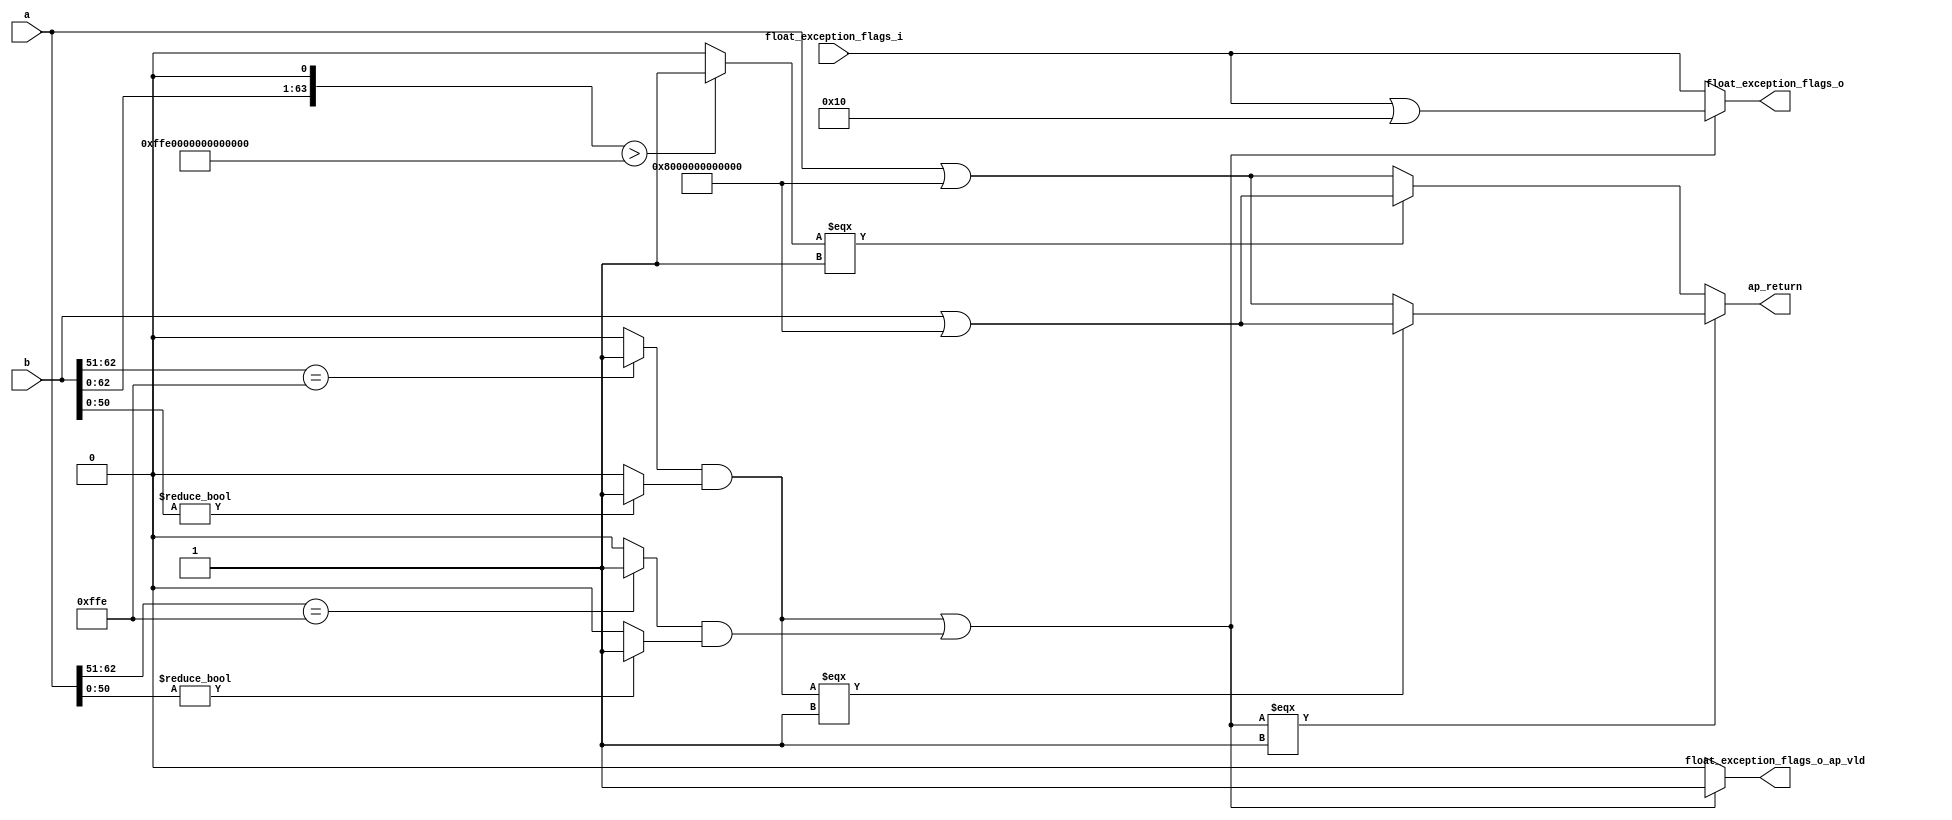
// ==============================================================
// RTL generated by Vivado(TM) HLS - High-Level Synthesis from C, C++ and SystemC
// Version: 2015.4
// Copyright (C) 2015 Xilinx Inc. All rights reserved.
// 
// ===========================================================

`timescale 1 ns / 1 ps 

module float64_add_propagateFloat64NaN (
        a,
        b,
        float_exception_flags_i,
        float_exception_flags_o,
        float_exception_flags_o_ap_vld,
        ap_return
);

parameter    ap_true = 1'b1;
parameter    ap_const_lv1_0 = 1'b0;
parameter    ap_const_logic_0 = 1'b0;
parameter    ap_const_logic_1 = 1'b1;
parameter    ap_const_lv32_33 = 32'b110011;
parameter    ap_const_lv32_3E = 32'b111110;
parameter    ap_const_lv51_0 = 51'b000000000000000000000000000000000000000000000000000;
parameter    ap_const_lv63_7FF0000000000000 = 63'b111111111110000000000000000000000000000000000000000000000000000;
parameter    ap_const_lv64_1 = 4'b1;
parameter    ap_const_lv64_FFE0000000000000 = 64'b1111111111100000000000000000000000000000000000000000000000000000;
parameter    ap_const_lv64_8000000000000 = 64'b1000000000000000000000000000000000000000000000000000;
parameter    ap_const_lv32_10 = 32'b10000;

input  [63:0] a;
input  [63:0] b;
input  [31:0] float_exception_flags_i;
output  [31:0] float_exception_flags_o;
output   float_exception_flags_o_ap_vld;
output  [63:0] ap_return;

reg[31:0] float_exception_flags_o;
reg float_exception_flags_o_ap_vld;
wire   [0:0] tmp_fu_144_p2;
wire   [31:0] float_exception_flags_assign_i_fu_154_p2;
wire   [11:0] tmp_43_fu_40_p4;
wire   [62:0] tmp_i_fu_50_p3;
wire   [50:0] tmp_51_fu_64_p1;
wire   [0:0] tmp_i_13_fu_58_p2;
wire   [0:0] tmp_77_i_fu_68_p2;
wire   [63:0] tmp_52_fu_80_p2;
wire   [11:0] tmp_44_fu_92_p4;
wire   [62:0] tmp_i3_fu_102_p3;
wire   [50:0] tmp_53_fu_116_p1;
wire   [0:0] tmp_i4_fu_110_p2;
wire   [0:0] tmp_77_i6_fu_120_p2;
wire   [0:0] tmp_78_i7_fu_126_p2;
wire   [0:0] tmp_78_i_fu_74_p2;
wire   [63:0] b_assign_fu_138_p2;
wire   [63:0] a_assign_fu_132_p2;
wire   [0:0] tmp_i2_fu_86_p2;
wire   [63:0] b_assign_mux_fu_166_p3;
wire   [63:0] a_assign_1_fu_174_p3;




always @ (float_exception_flags_i or tmp_fu_144_p2 or float_exception_flags_assign_i_fu_154_p2) begin
    if (~(tmp_fu_144_p2 == ap_const_lv1_0)) begin
        float_exception_flags_o = float_exception_flags_assign_i_fu_154_p2;
    end else begin
        float_exception_flags_o = float_exception_flags_i;
    end
end

always @ (tmp_fu_144_p2) begin
    if (~(tmp_fu_144_p2 == ap_const_lv1_0)) begin
        float_exception_flags_o_ap_vld = ap_const_logic_1;
    end else begin
        float_exception_flags_o_ap_vld = ap_const_logic_0;
    end
end

assign a_assign_1_fu_174_p3 = ((tmp_i2_fu_86_p2[0:0] === 1'b1) ? b_assign_fu_138_p2 : a_assign_fu_132_p2);

assign a_assign_fu_132_p2 = (a | ap_const_lv64_8000000000000);

assign ap_return = ((tmp_fu_144_p2[0:0] === 1'b1) ? b_assign_mux_fu_166_p3 : a_assign_1_fu_174_p3);

assign b_assign_fu_138_p2 = (b | ap_const_lv64_8000000000000);

assign b_assign_mux_fu_166_p3 = ((tmp_78_i7_fu_126_p2[0:0] === 1'b1) ? b_assign_fu_138_p2 : a_assign_fu_132_p2);

assign float_exception_flags_assign_i_fu_154_p2 = (float_exception_flags_i | ap_const_lv32_10);

assign tmp_43_fu_40_p4 = {{a[ap_const_lv32_3E : ap_const_lv32_33]}};

assign tmp_44_fu_92_p4 = {{b[ap_const_lv32_3E : ap_const_lv32_33]}};

assign tmp_51_fu_64_p1 = a[50:0];

assign tmp_52_fu_80_p2 = b << ap_const_lv64_1;

assign tmp_53_fu_116_p1 = b[50:0];

assign tmp_77_i6_fu_120_p2 = (tmp_53_fu_116_p1 != ap_const_lv51_0? 1'b1: 1'b0);

assign tmp_77_i_fu_68_p2 = (tmp_51_fu_64_p1 != ap_const_lv51_0? 1'b1: 1'b0);

assign tmp_78_i7_fu_126_p2 = (tmp_i4_fu_110_p2 & tmp_77_i6_fu_120_p2);

assign tmp_78_i_fu_74_p2 = (tmp_i_13_fu_58_p2 & tmp_77_i_fu_68_p2);

assign tmp_fu_144_p2 = (tmp_78_i7_fu_126_p2 | tmp_78_i_fu_74_p2);

assign tmp_i2_fu_86_p2 = (tmp_52_fu_80_p2 > ap_const_lv64_FFE0000000000000? 1'b1: 1'b0);

assign tmp_i3_fu_102_p3 = {{tmp_44_fu_92_p4}, {ap_const_lv51_0}};

assign tmp_i4_fu_110_p2 = (tmp_i3_fu_102_p3 == ap_const_lv63_7FF0000000000000? 1'b1: 1'b0);

assign tmp_i_13_fu_58_p2 = (tmp_i_fu_50_p3 == ap_const_lv63_7FF0000000000000? 1'b1: 1'b0);

assign tmp_i_fu_50_p3 = {{tmp_43_fu_40_p4}, {ap_const_lv51_0}};


endmodule //float64_add_propagateFloat64NaN